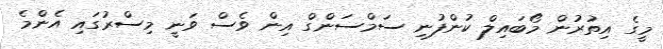
މީގެ އިތުރުން މޯބައިލް ކުންފުނި ސަމްސަންގް އިން ވެސް ވަނީ މިސްރުގައި އެންމެ